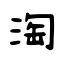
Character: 淘